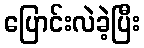
ပြောင်းလဲခဲ့ပြီး